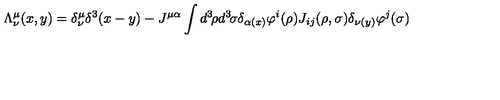
\Lambda _ { \nu } ^ { \mu } ( x , y ) = \delta _ { \nu } ^ { \mu } \delta ^ { 3 } ( x - y ) - J ^ { \mu \alpha } \int d ^ { 3 } \! \rho d ^ { 3 } \! \sigma \delta _ { \alpha ( x ) } \varphi ^ { i } ( \rho ) J _ { i j } ( \rho , \sigma ) \delta _ { \nu ( y ) } \varphi ^ { j } ( \sigma )